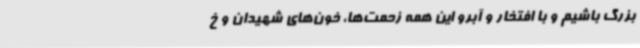
بزرگ باشیم و با افتخار و آبرو این همه زحمت‌ها، خون‌های شهیدان و خ